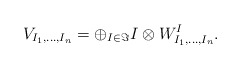
\begin{align*}V_{I_{1},\dots ,I_{n}}=\oplus_{I\in\Im}I\otimes W^{I}_{I_{1},\dots,I_{n}}. \end{align*}